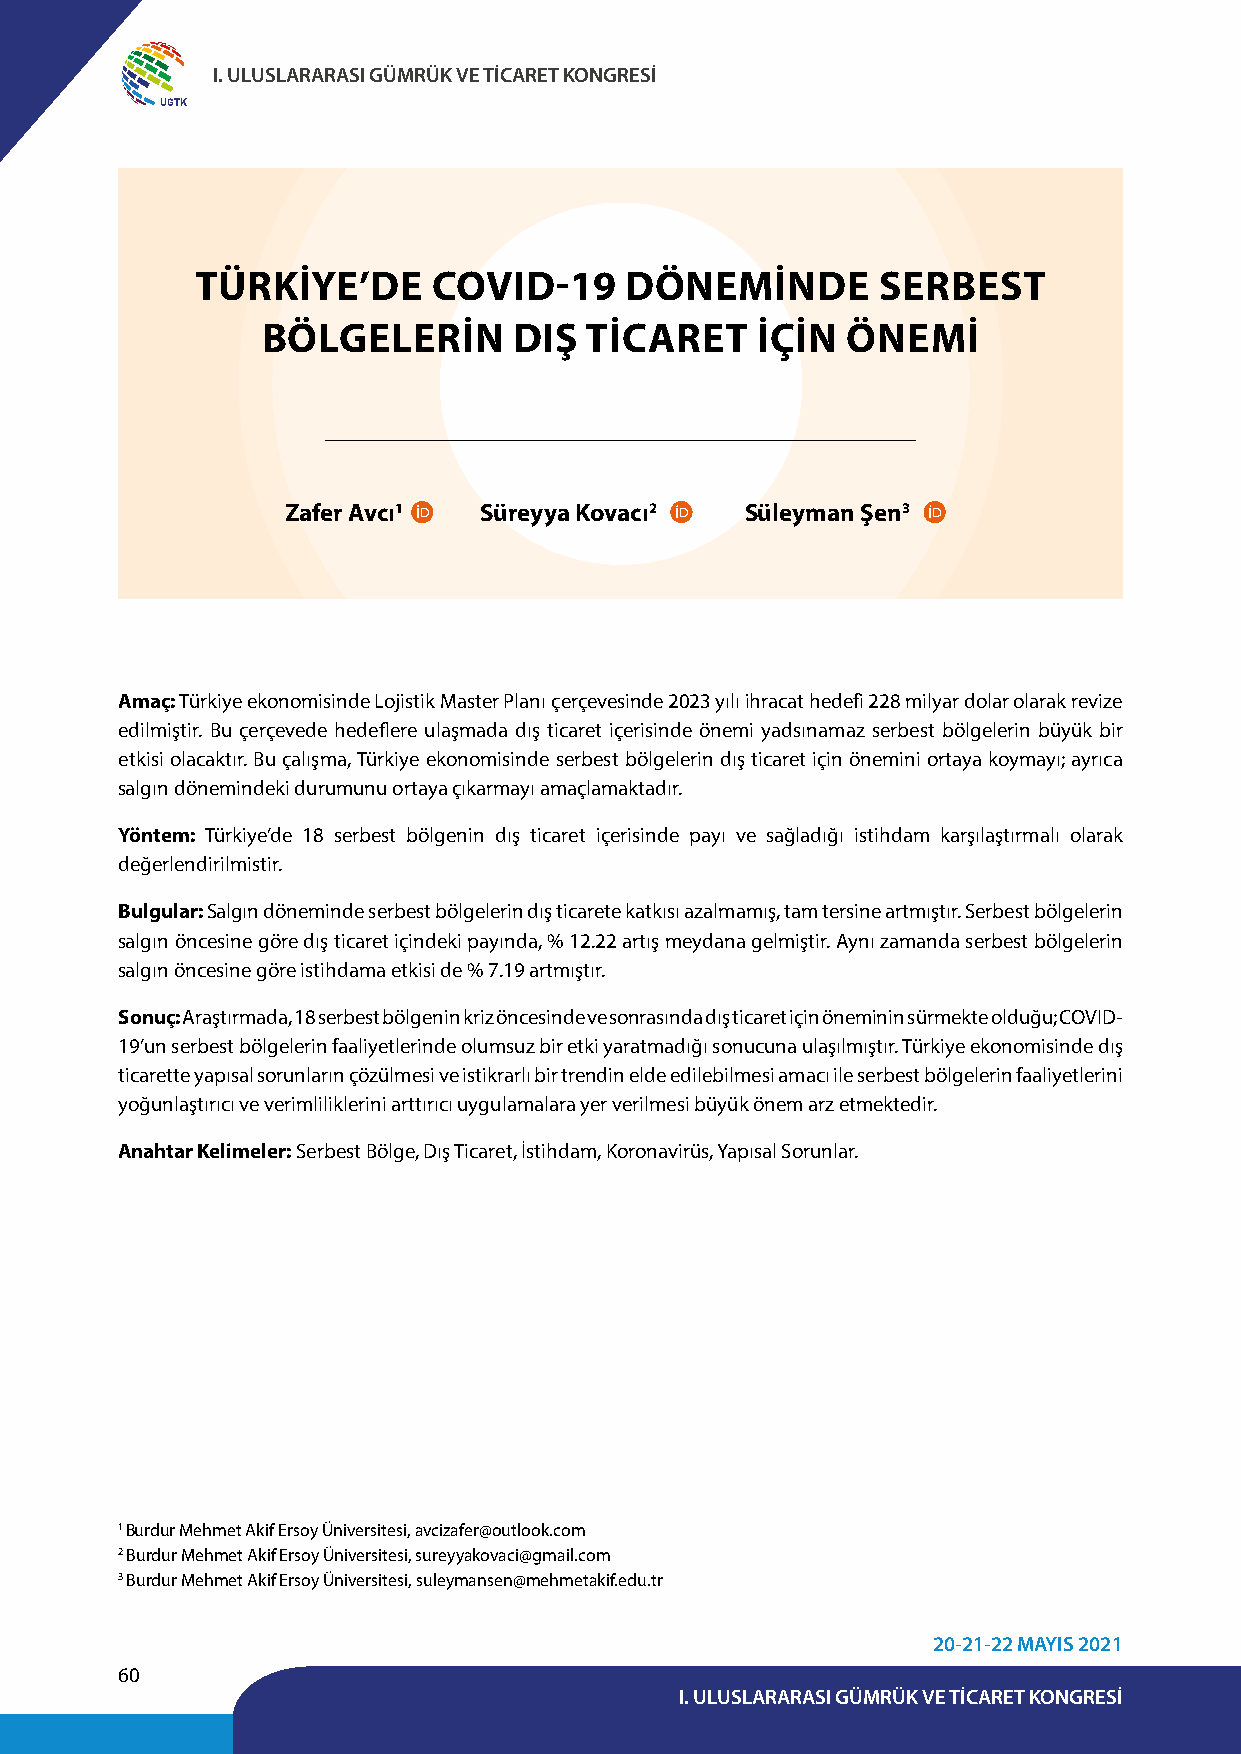
I. ULUSLARARASI GÜMRÜK VE TİCARET KONGRESİ
 UGTK
 TÜRKİYE’DE      COVID-19    DÖNEMİNDE        SERBEST
 BÖLGELERİN       DIŞ  TİCARET    İÇİN  ÖNEMİ
 Zafer Avcı1  Süreyya Kovacı2  Süleyman Şen3
 Amaç: Türkiye ekonomisinde Lojistik Master Planı çerçevesinde 2023 yılı ihracat hedefi 228 milyar dolar olarak revize
 edilmiştir. Bu çerçevede hedeflere ulaşmada dış ticaret içerisinde önemi yadsınamaz serbest bölgelerin büyük bir
 etkisi olacaktır. Bu çalışma, Türkiye ekonomisinde serbest bölgelerin dış ticaret için önemini ortaya koymayı; ayrıca
 salgın dönemindeki durumunu ortaya çıkarmayı amaçlamaktadır.
 Yöntem: Türkiye’de 18 serbest bölgenin dış ticaret içerisinde payı ve sağladığı istihdam karşılaştırmalı olarak
 değerlendirilmistir.
 Bulgular: Salgın döneminde serbest bölgelerin dış ticarete katkısı azalmamış, tam tersine artmıştır. Serbest bölgelerin
 salgın öncesine göre dış ticaret içindeki payında, % 12.22 artış meydana gelmiştir. Aynı zamanda serbest bölgelerin
 salgın öncesine göre istihdama etkisi de % 7.19 artmıştır.
 Sonuç: Araştırmada, 18 serbest bölgenin kriz öncesinde ve sonrasında dış ticaret için öneminin sürmekte olduğu; COVID-
 19’un serbest bölgelerin faaliyetlerinde olumsuz bir etki yaratmadığı sonucuna ulaşılmıştır. Türkiye ekonomisinde dış
 ticarette yapısal sorunların çözülmesi ve istikrarlı bir trendin elde edilebilmesi amacı ile serbest bölgelerin faaliyetlerini
 yoğunlaştırıcı ve verimliliklerini arttırıcı uygulamalara yer verilmesi büyük önem arz etmektedir.
 Anahtar Kelimeler: Serbest Bölge, Dış Ticaret, İstihdam, Koronavirüs, Yapısal Sorunlar.
 1 Burdur Mehmet Akif Ersoy Üniversitesi, avcizafer@outlook.com
 2 Burdur Mehmet Akif Ersoy Üniversitesi, sureyyakovaci@gmail.com
 3 Burdur Mehmet Akif Ersoy Üniversitesi, suleymansen@mehmetakif.edu.tr
 20-21-22 MAYIS 2021
 60
 I. ULUSLARARASI GÜMRÜK VE TİCARET KONGRESİ